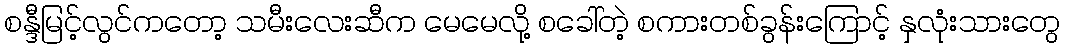
စန္ဒီမြင့်လွင်ကတော့ သမီးလေးဆီက မေမေလို့ စခေါ်တဲ့ စကားတစ်ခွန်းကြောင့် နှလုံးသားတွေ